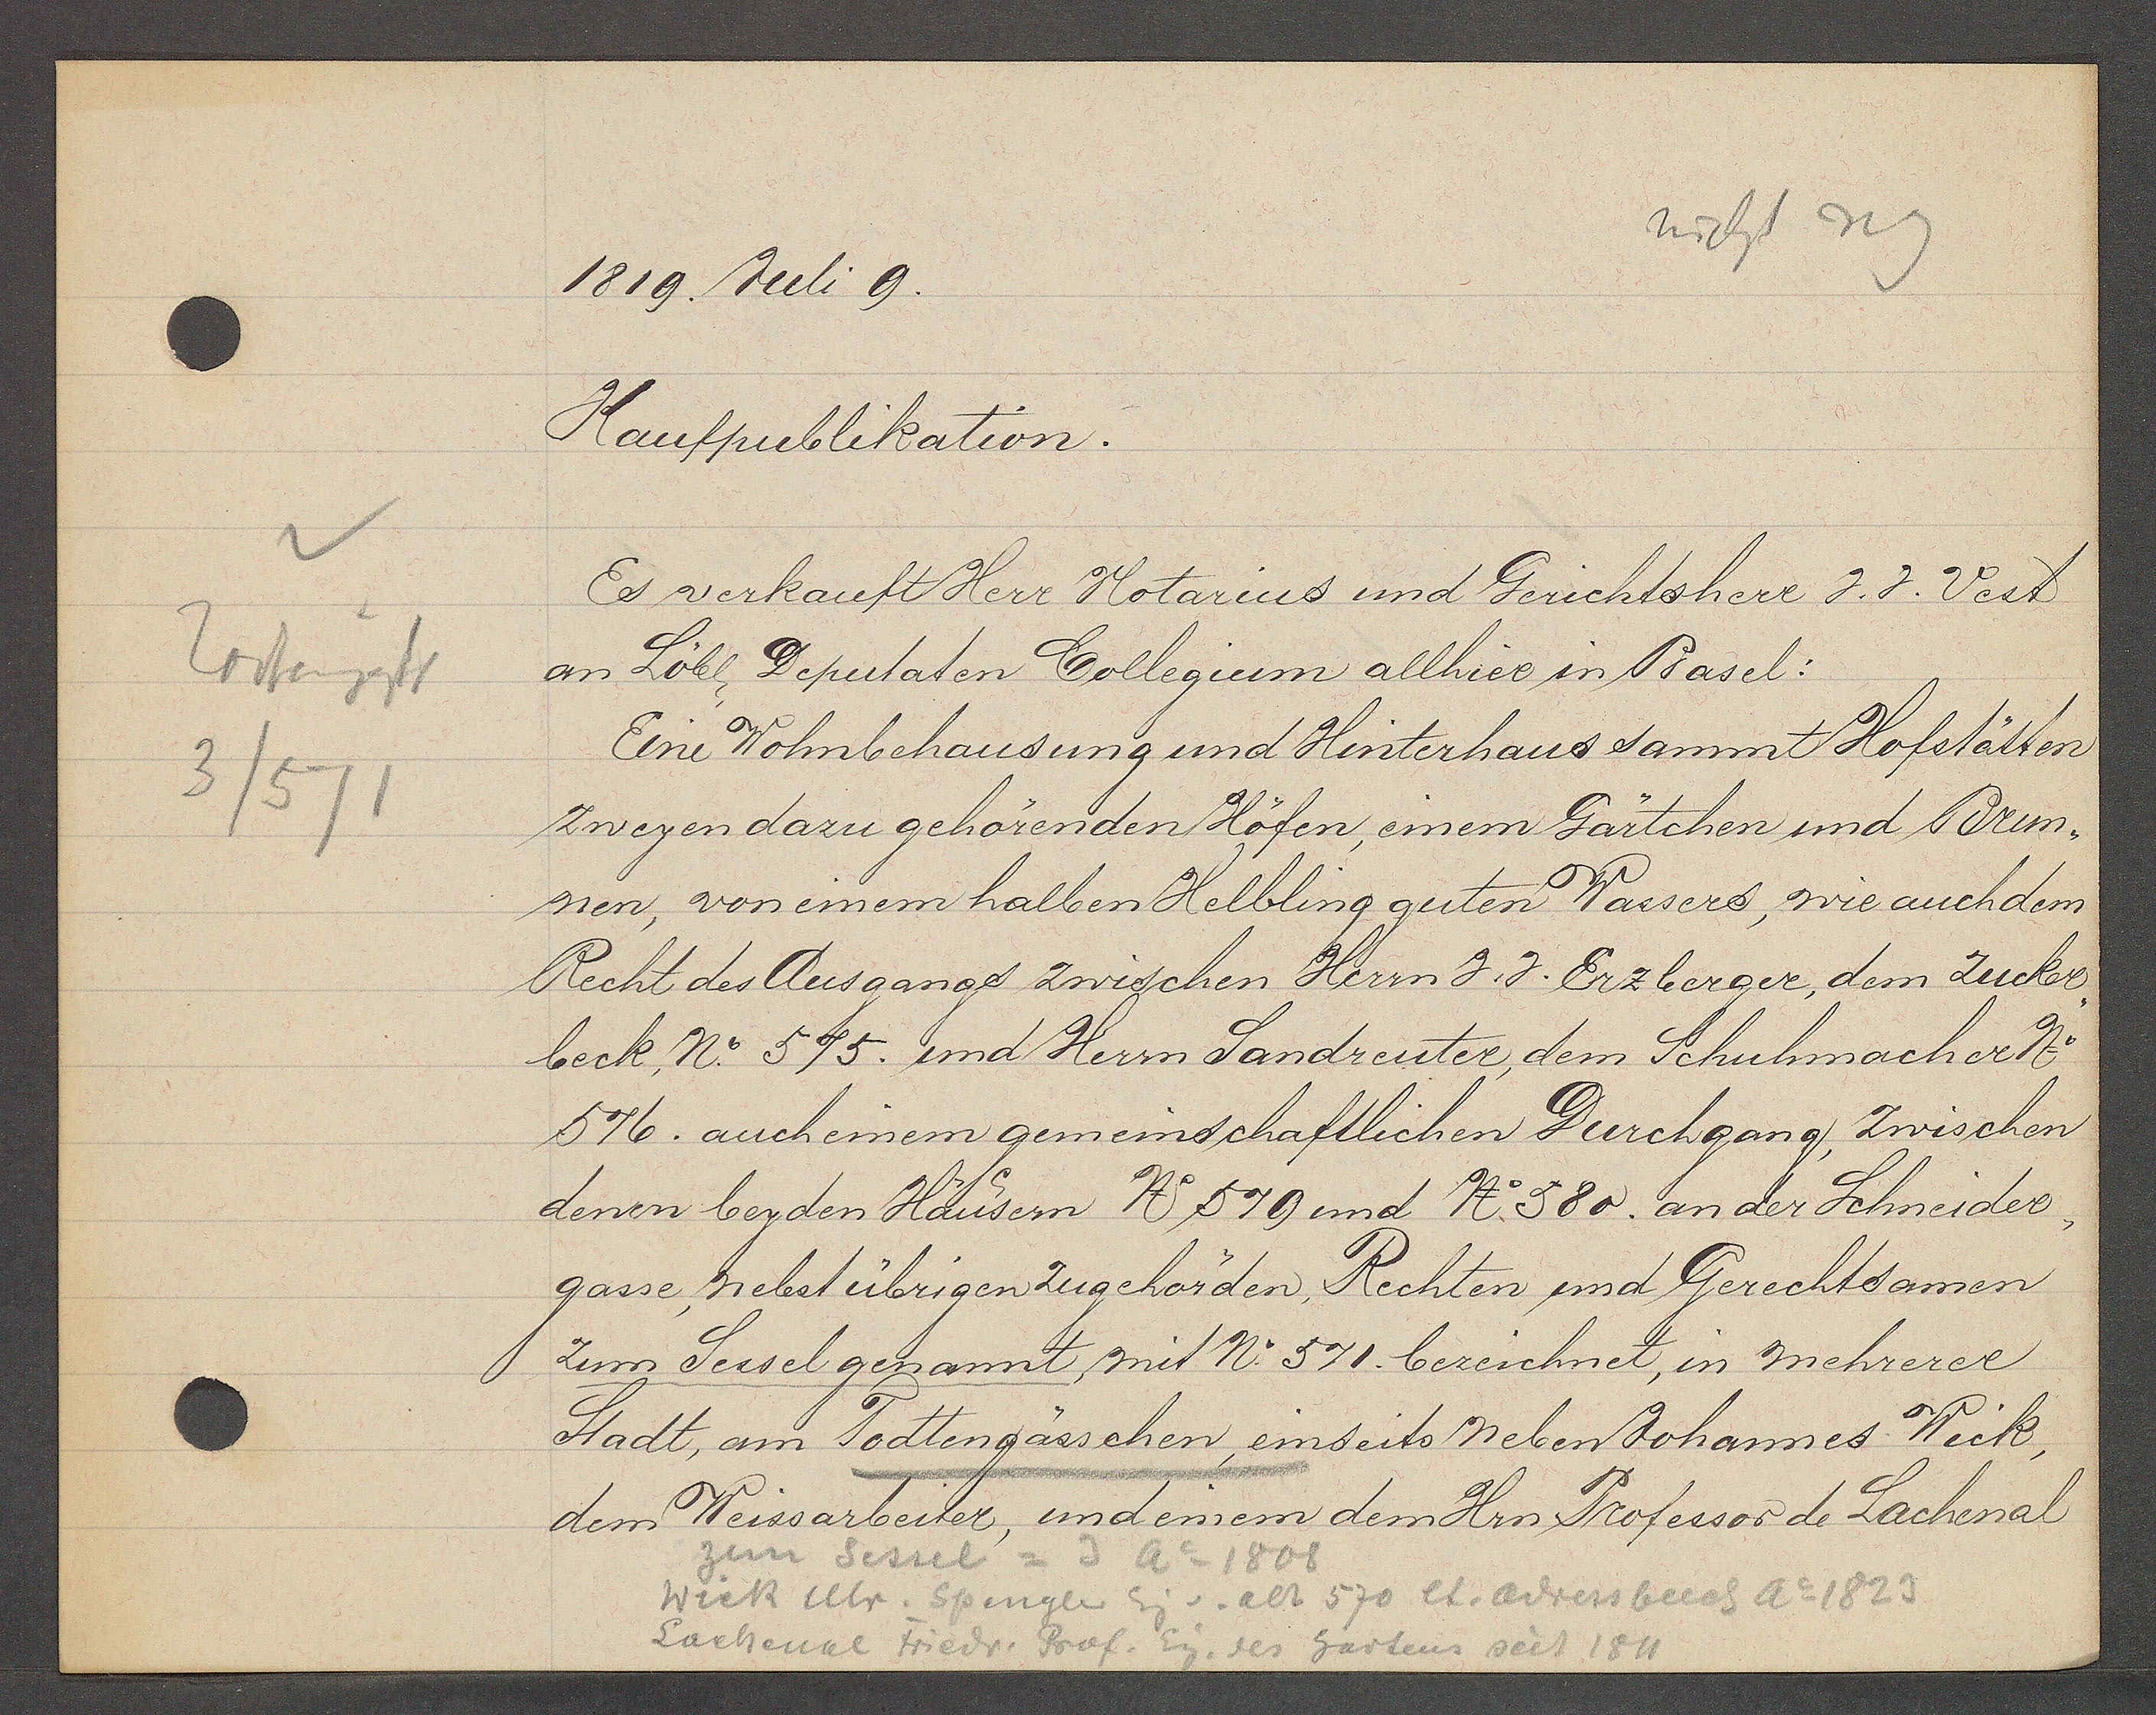
Transcript:
1819. Juli 9.

Todtengäsl
3/571

Kaufpublikation.
Es verkauft Herr Motarius und Gerichtsherr J. J. Vest
am Löbl. Deputaten Collegium allhier in Basel:
Eine Wohnbehausung und Hinterhaus samt Hofstätten
zwegen dazu gehörenden Höfen, einem Gärtchen und Brun¬
nen, von einem halben Helbling guten Wassers, wie auch dem
Recht des Ausgangs zwischen Herrn J. J. Erzberger, dem Zucker
beck No 575. und Herrn Sandreuter, dem Schuhmacher No.
576. auch einem gemeinschaftlichen Durchgang, zwischen
denen beyden Häusern No 579 und No 580. an der Schneider,
gasse, nebst übrigen Zugehörden, Rechten und Gerechtsamen
zum Sessel genannt mit No 571. bezeichnet, in mehrerer
Stadt, am Todtengässchen, einseits neben Johannes Wick,
dem Weissarbeiter, und einem dem Hrn Professor de Lachenal

zun Sessel = 3 Ao 1808
wick Ulr. spinger Eig v. alt 570 et. adressbuch Ao 1823
Lachenal Friedr. Prof. Eig. des gartens seit 1811